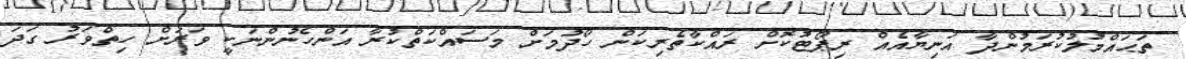
ތަޙައްމުލުކުރަމުންދާ އަނިޔާއެއް ރިޕޯޓުކޮށް ރައްކާތެރިކަން ހޯދުމަށް މަސައްކަތްކުރާ އަންހެނުންނަކީ ވަރަށް ހިތްވަރު ގަދަ